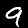
Digit: 9